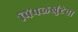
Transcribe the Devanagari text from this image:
पिंपळखुंटेचा